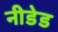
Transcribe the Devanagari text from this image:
नीडेड